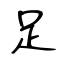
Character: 足